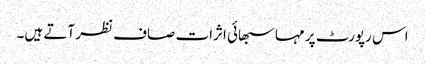
اس رپورٹ پر مہاسبھائی اثرات صاف نظر آتے ہیں۔